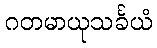
ဂတမာယုသင်္ခယံ